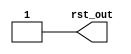
// --------------------------------------------------------------------
//
// --------------------------------------------------------------------

`timescale 1ns/10ps


module 
  tb_reset  
  #(
    parameter ASSERT_TIME = 32
  ) 
  (
    output        rst_out
  );
  
  reg tb_rst;

  initial 
      tb_rst <= 1'b1;

  task assert_reset;
    begin
    
    tb_rst = 1'b1;
    #ASSERT_TIME;
    tb_rst = 1'b0;

    $display( "-#- %15.t | %m: tb_rst asserted!", $time );
      
    end
  endtask  
  
  assign rst_out = tb_rst;

endmodule